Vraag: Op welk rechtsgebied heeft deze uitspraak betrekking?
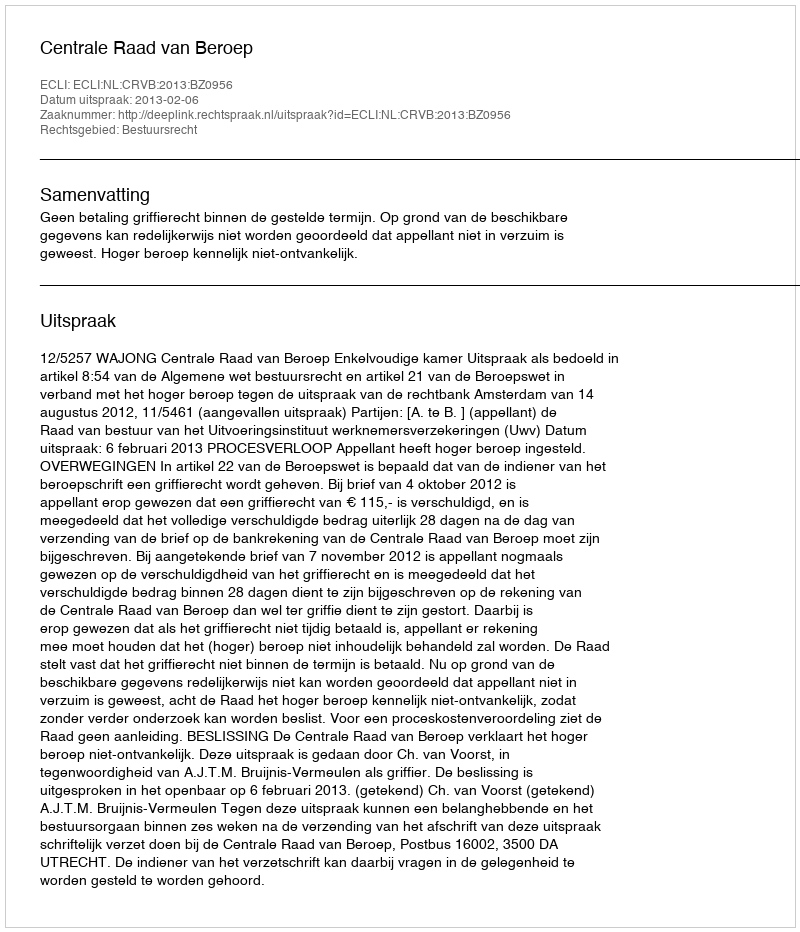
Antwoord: Bestuursrecht